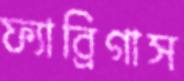
ফ্যাব্রিগাস